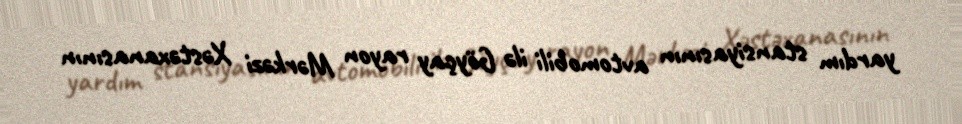
yardım stansiyasının avtomobili ilə Göyçay rayon Mərkəzi Xəstəxanasının